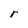
Character: r